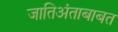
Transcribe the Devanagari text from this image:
जातिअंताबाबत